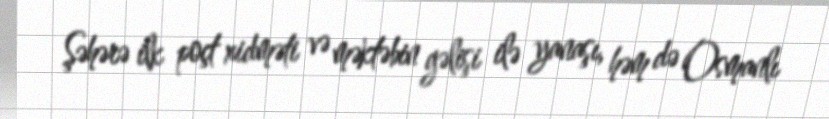
Şəhərə ilk poçt xidməti və məktəbin gəlişi ilə yanaşı, həm də Osmanlı